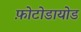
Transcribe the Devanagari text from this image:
फ़ोटोडायोड